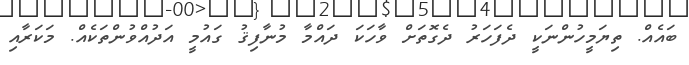
ބައެއް. ތިޔަމީހުންނަކީ ދެފަހަރު ދެގޮތަށް ވާހަކަ ދައްމާ މުނާފިޤު ގައުމީ އަދުއްވުންތަކެއް. މަކަރާއި